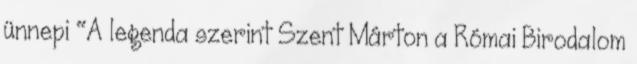
ünnepi "A legenda szerint Szent Márton a Római Birodalom